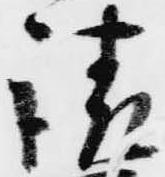
請